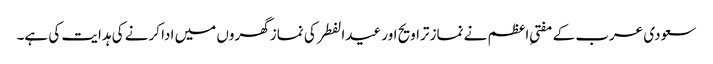
سعودی عرب کے مفتیِ اعظم نے نماز تراویح اور عیدالفطر کی نماز گھروں میں ادا کرنے کی ہدایت کی ہے۔